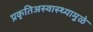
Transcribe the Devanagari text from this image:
प्रकृतिअस्वास्थ्यामुळे